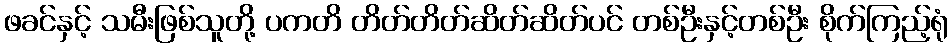
ဖခင်နှင့် သမီးဖြစ်သူတို့ ပကတိ တိတ်တိတ်ဆိတ်ဆိတ်ပင် တစ်ဦးနှင့်တစ်ဦး စိုက်ကြည့်ရုံ